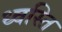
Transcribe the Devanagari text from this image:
ध्वस्ति